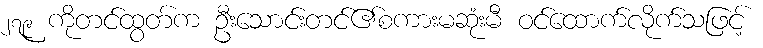
၂၇၉ ကိုတင်ထွတ်က ဦးသောင်းတင်၏စကားမဆုံးမီ ဝင်ထောက်လိုက်သဖြင့်